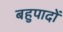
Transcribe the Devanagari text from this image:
बहुपादों